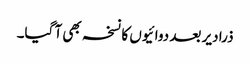
ذرا دیر بعد دوائیوں کا نسخہ بھی آ گیا۔